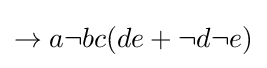
{\textstyle \rightarrow a\neg bc(de+\neg d\neg e)}